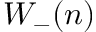
W _ { - } ( n )